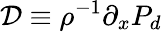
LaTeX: \mathcal{D}\equiv\rho^{-1}\partial_{x}P_{d}